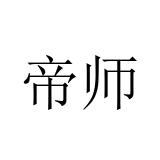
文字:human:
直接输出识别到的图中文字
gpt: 帝师